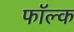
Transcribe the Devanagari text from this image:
फॉल्क